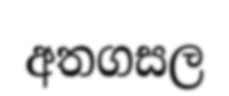
අතගසල